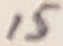
Text: 15